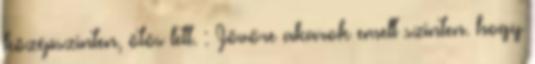
középszinten, ötös lett. : Jövőre akarok emelt szinten. hogy